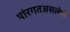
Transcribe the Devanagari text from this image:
पांरगतअसलेले